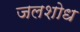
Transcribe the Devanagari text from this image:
जलशोध